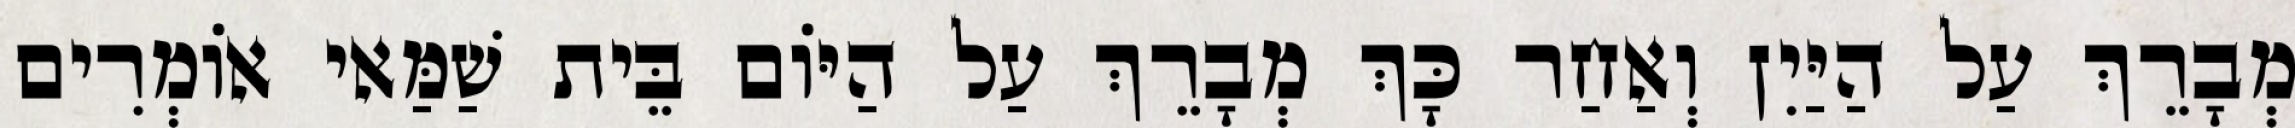
מְבָרֵךְ עַל הַיַּיִן וְאַחַר כָּךְ מְבָרֵךְ עַל הַיּוֹם בֵּית שַׁמַּאי אוֹמְרִים